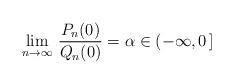
LaTeX: \begin{align*}\lim_{n\to\infty}\,\frac{P_{n}(0)}{Q_{n}(0)}=\alpha\in(-\infty,0\,]\end{align*}